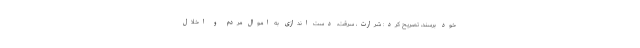
خود برسند، تصریح کرد: شرارت، سرقت، دست اندازی به اموال مردم و اخلال